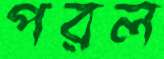
পরল